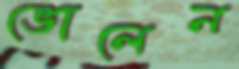
ভোলেন